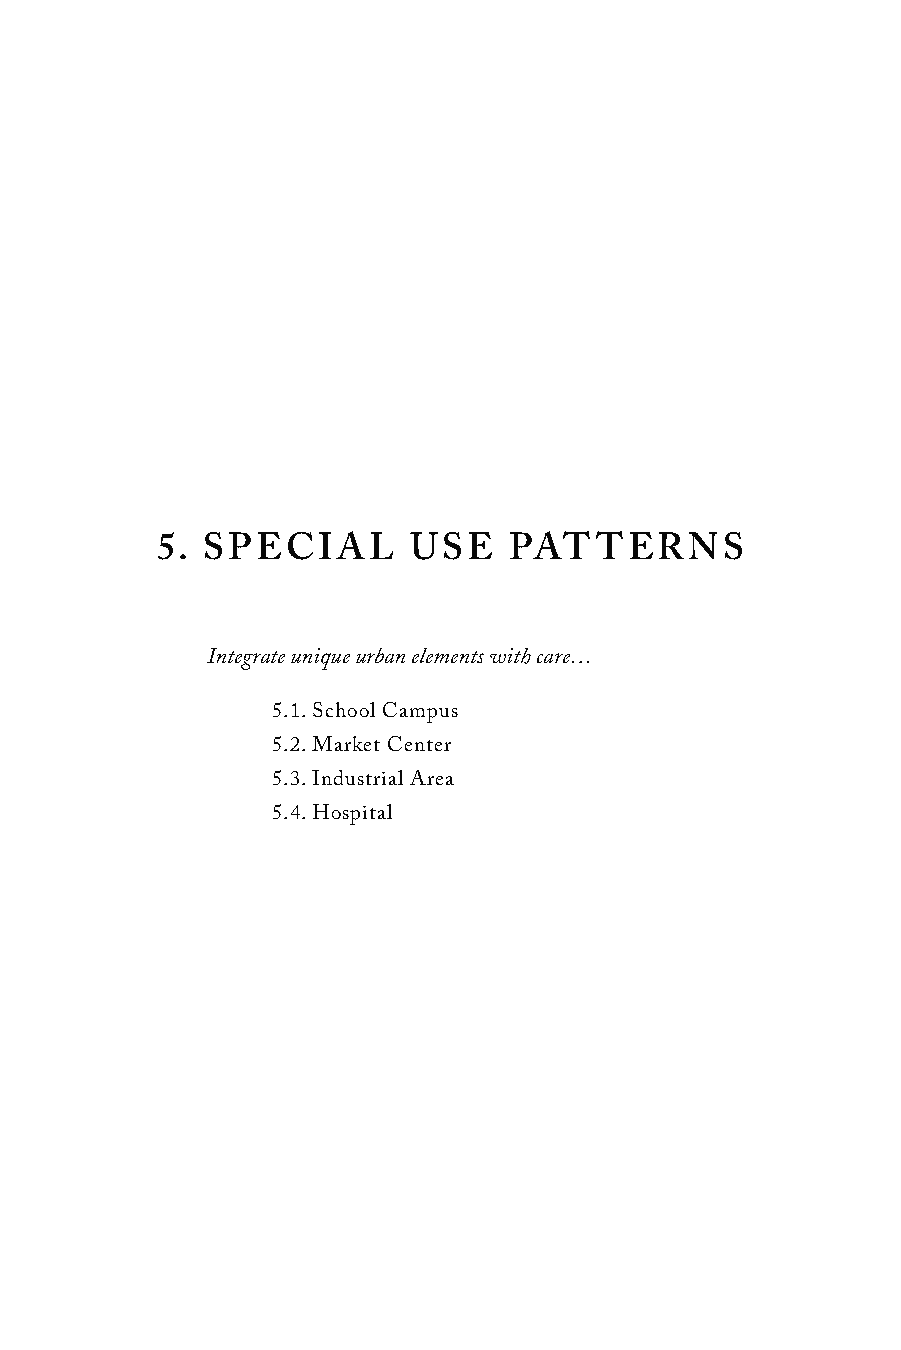
5. SPECIAL       USE    PATTERNS
 Integrate unique urban elements with care…
 5.1. School Campus
 5.2. Market Center
 5.3. Industrial Area
 5.4. Hospital